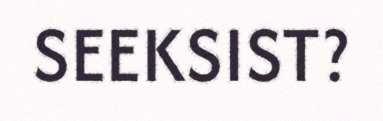
SEEKSIST?